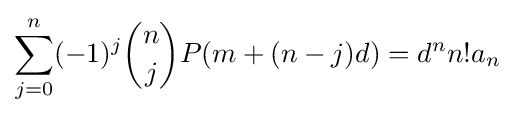
\sum _{j=0}^{n}(-1)^{j}{\binom {n}{j}}P(m+(n-j)d)=d^{n}n!a_{n}